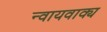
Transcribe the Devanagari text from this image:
न्वायवाक्य